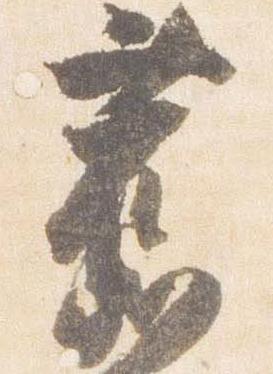
旧